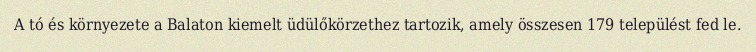
A tó és környezete a Balaton kiemelt üdülőkörzethez tartozik, amely összesen 179 települést fed le.